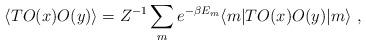
LaTeX: \begin{align*}\langle T O(x) O(y) \rangle = Z^{-1}\sum_m e^{-\beta E_m} \langle m|T O(x) O(y)| m \rangle ~,\end{align*}